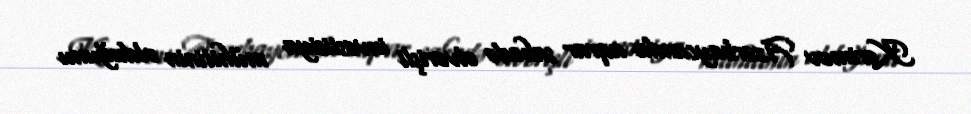
Kərimov Azərbaycanda aqrar sahədə əlverişli investisiya mühitinin olduğunu